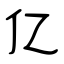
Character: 亿